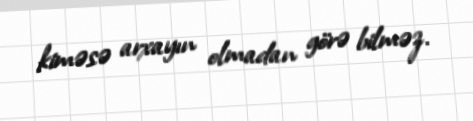
kiməsə arxayın olmadan görə bilməz.